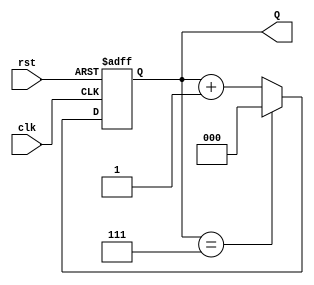
module binary_up_counter #(
    parameter WIDTH = 3  // Parameter to define the number of bits in the counter
)(
    input wire clk,          // Clock input
    input wire rst,          // Asynchronous reset input
    output reg [WIDTH-1:0] Q // Output count value
);

    // Always block triggers on the rising edge of the clock or asynchronously on reset
    always @(posedge clk or posedge rst) begin
        if (rst) begin
            // Reset the counter to 0
            Q <= 0;
        end else begin
            // Increment the counter, wrap around on reaching maximum count
            if (Q == (1 << WIDTH) - 1) // Check if maximum count is reached
                Q <= 0;               // Wrap around to 0
            else
                Q <= Q + 1;           // Increment the count
        end
    end

endmodule